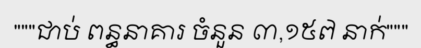
"""ជាប់ ពន្ធនាគារ ចំនួន ៣,១៥៧ នាក់"""